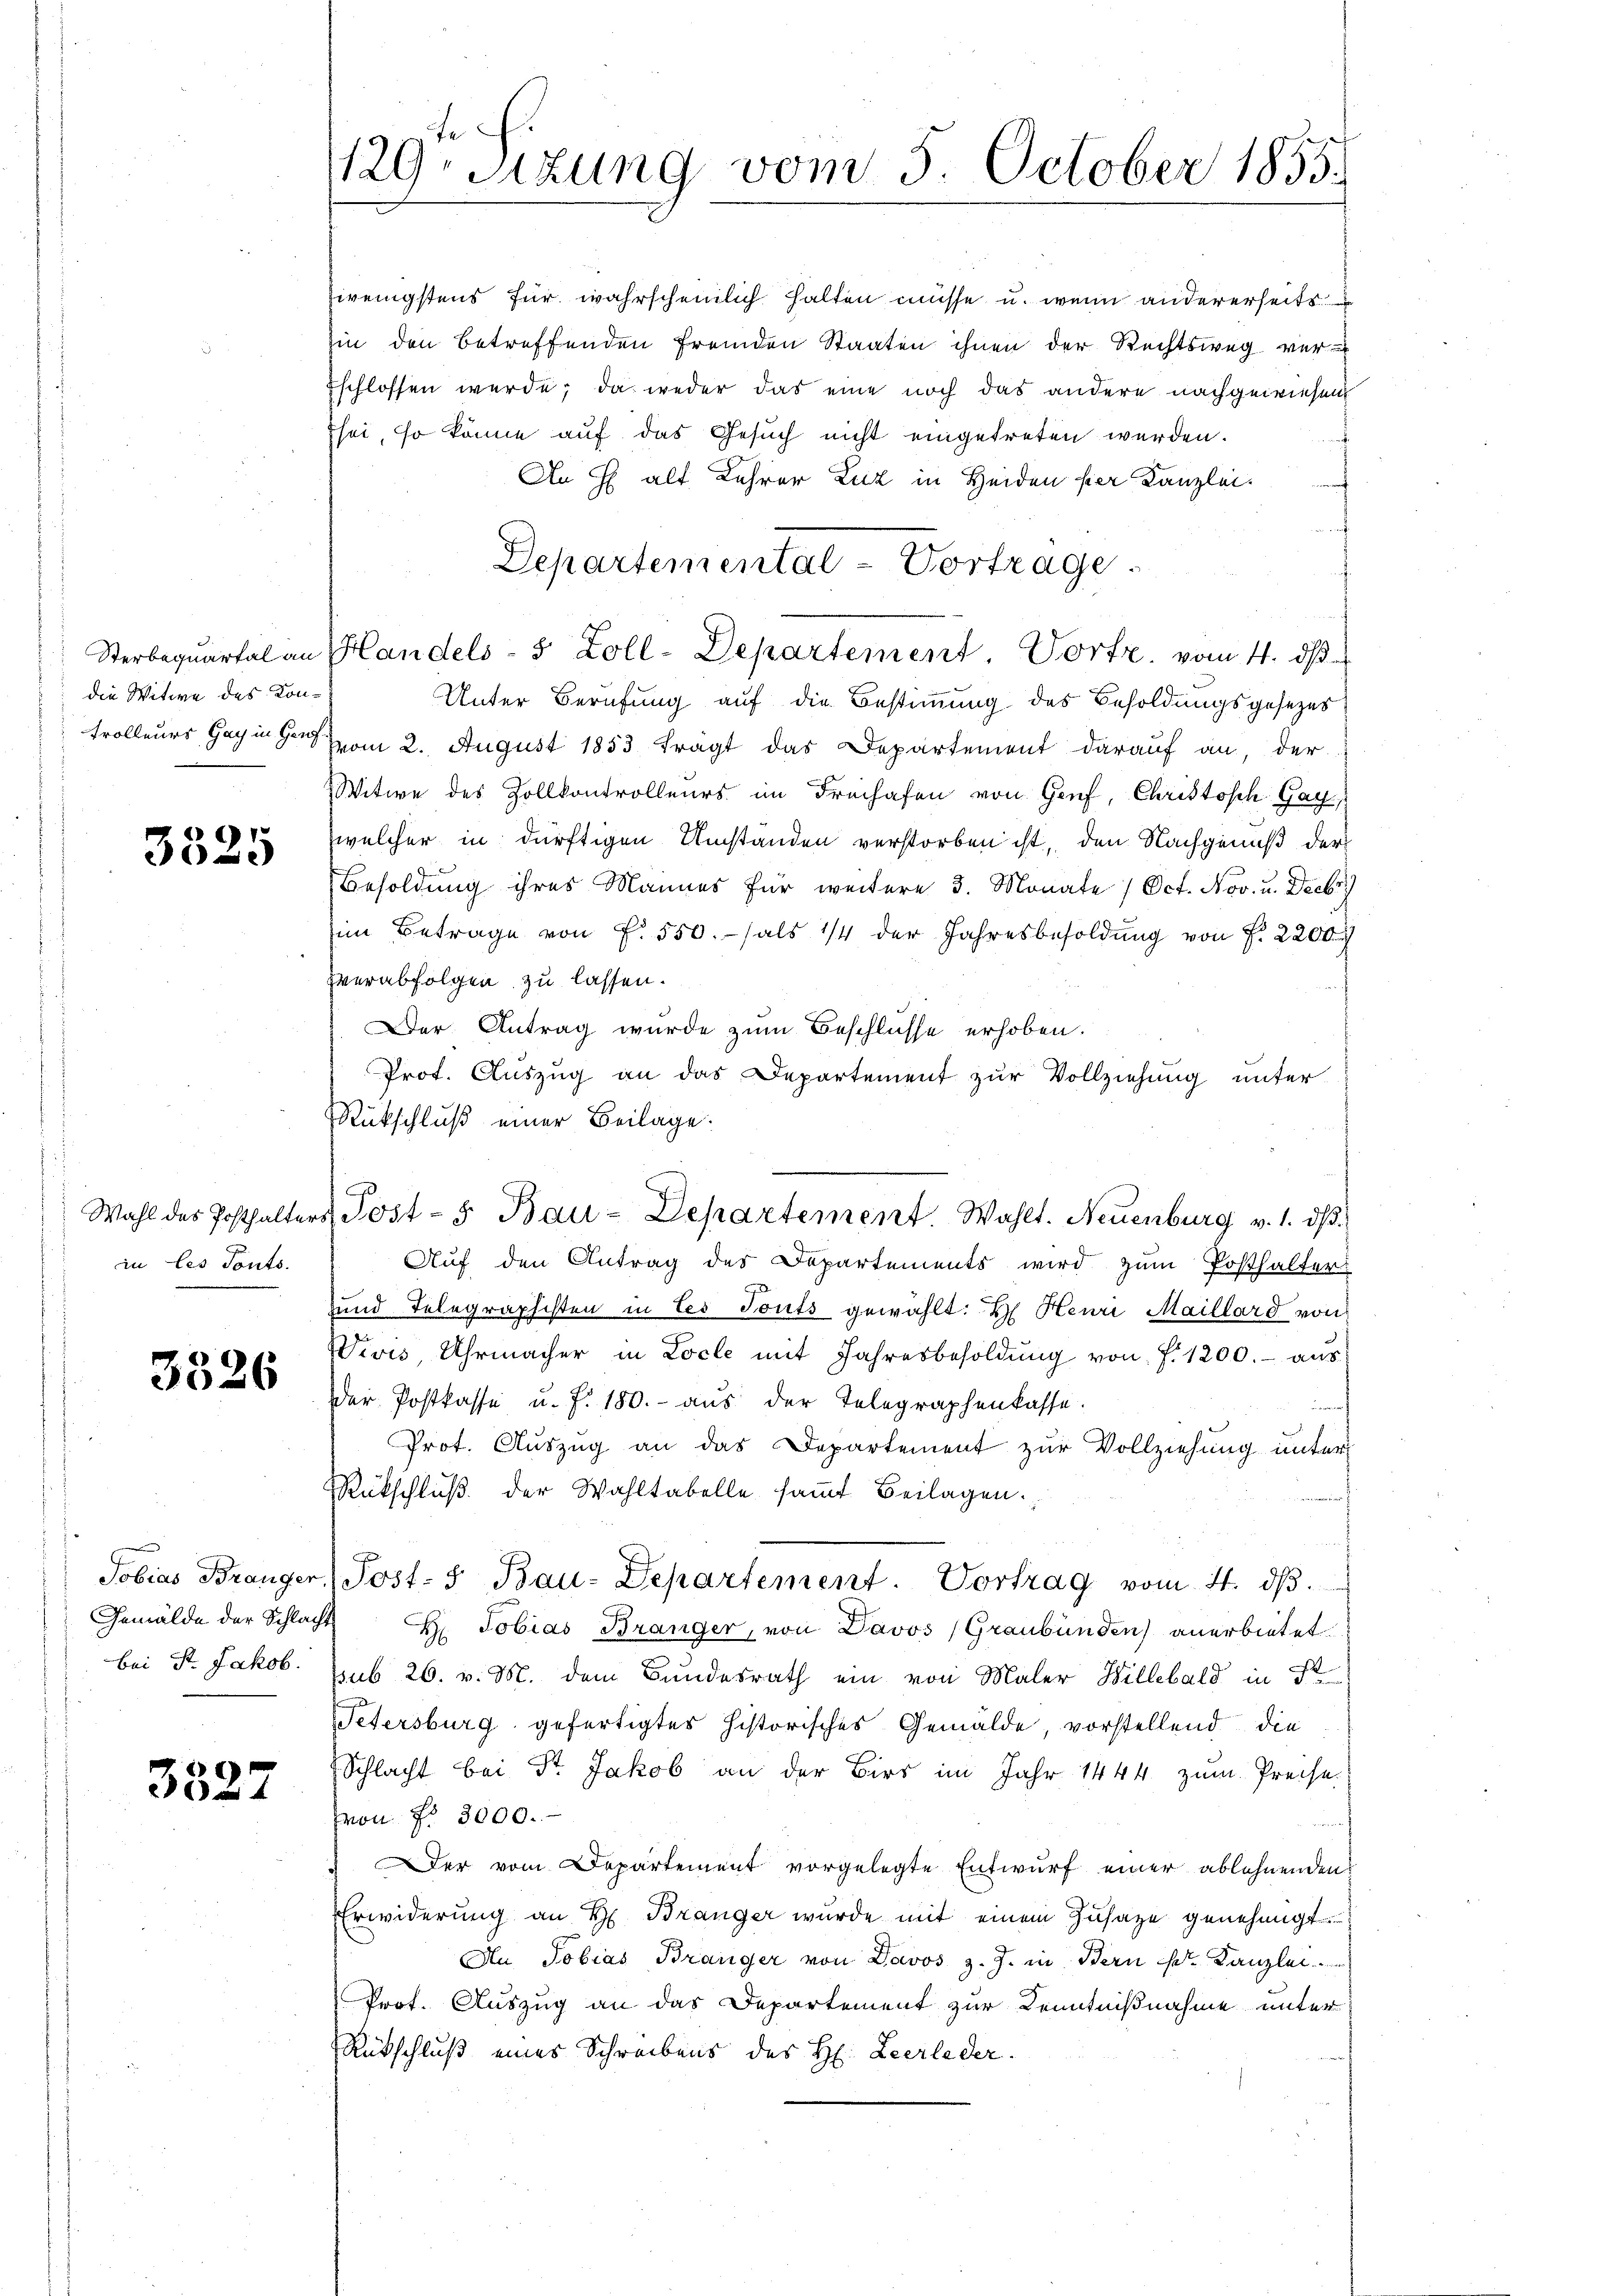
Sterbequartal an
die Witwe des Kon¬

3525

Wahl des Posthalter
iu les Tonts.

3526

Gemälde der Schlacht
bei St. Jakob.

3327

129. Sitzung vom 5. October 1855.

wenigstens für wahrscheinlich halten müsse u. wenn andererseits
hin den betreffenden fremden Staaten ihnen der Rechtsweg ver¬
Eschlossen werde; da weder das eine noch das andere nachgewiesen
Esei, so könne auf das Gesuch nicht eingetreten werden.
An J alt Lehrer Zuz in Heiden per Kanzlei.
Handels- 5 Zoll-Departement Vortr. vom 4. ds
Unter Berufung auf die Bestimmung des Besoldungsgesezes
trolleurs Gang vom 2. August 1853 tragt das Departement darauf an, der
Witwe des Zollkontrolleurs im Freihafen von Genf, Christosch Gay
welcher in dürftigen Umständen verstorben ist, den Nachgenuß der
Besoldung ihres Mannes für weitere 3. Monate / Oct. Nov. u. Decbr
im Betrage von f. 550.- als 1/4 der Jahresbesoldung von f. 2200
verabfolgen zu lassen.
Der Antrag wurde zum Beschlüsse erhoben.
Prot. Auszug an das Departement zur Vollziehung unter
Rückschluß einer Beilage.
Auf den Antrag des Departements wird zum Posthalter
und Telegraphisten in les Tonts gewählt: H. Henri Maillard von
Vivis, Uhrmacher in Locle mit Jahresbesoldŭng von f. 1200.- aŭs
der Postkasse u. f. 180.- aus der Telegraphenkasse.

Prot. Auszug an das Departement zur Vollziehung unter
Rückschlŭβ der Wahltabelle saṁt Beilagen.
Tobias Bränger, Post- u Bau-Departement. Vortrag vom 4. dβ.
H: Tobias Bränger, von Davos (Graubünden anerbietet
ssub 26. v. M. dem Bundesrath ein von Maler Hillebald in St
Petersburg gefertigtes historisches Gemälde, vorstellend die
Schlacht bei Dr. Jakob an der Birs im Jahr 1444 zum Preise.
von No 3000.
Der vom Departement vorgelegte Entwurf einer ablehnenden
Erwiderung an H. Branger wurde mit einem Zusage genehmigt.
Au Tobias Bränger von Davos z. J. in Bern Ed. Kanzlei
Prot. Auszug an das Departement zur Kenntnißnahme unter
Rückschluß eines Schreibens des H. Leerleder¬

Departemental-Vortrage.

. Post- u Bau-Departement. Wahlt. Neuenburg v. 1. dβ.